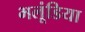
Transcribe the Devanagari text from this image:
भलूंडिया